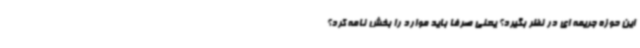
این حوزه جریمه ای در نظر بگیرد؟ یعنی صرفا باید موارد را بخش نامه کرد؟